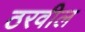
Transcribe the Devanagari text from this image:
ठरवील